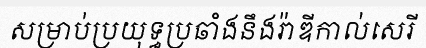
សម្រាប់ប្រយុទ្ធប្រឆាំងនឹងរ៉ាឌីកាល់សេរី